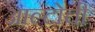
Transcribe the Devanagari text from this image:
आल्टोची